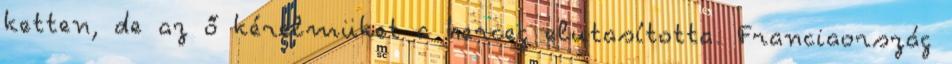
ketten, de az ő kérelmüket a herceg elutasította. Franciaország